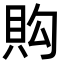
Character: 𧵈